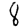
Digit: 8